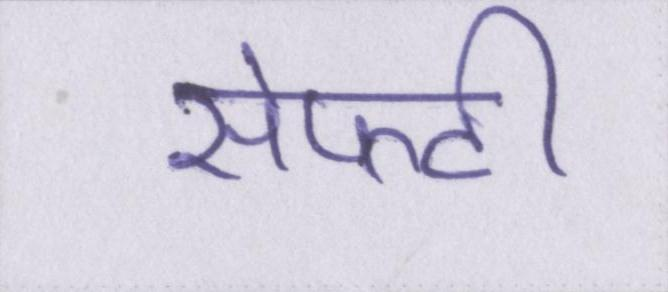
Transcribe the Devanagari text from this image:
सेफ्टी